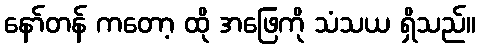
နော်တန် ကတော့ ထို အဖြေကို သံသယ ရှိသည်။